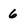
Character: 6